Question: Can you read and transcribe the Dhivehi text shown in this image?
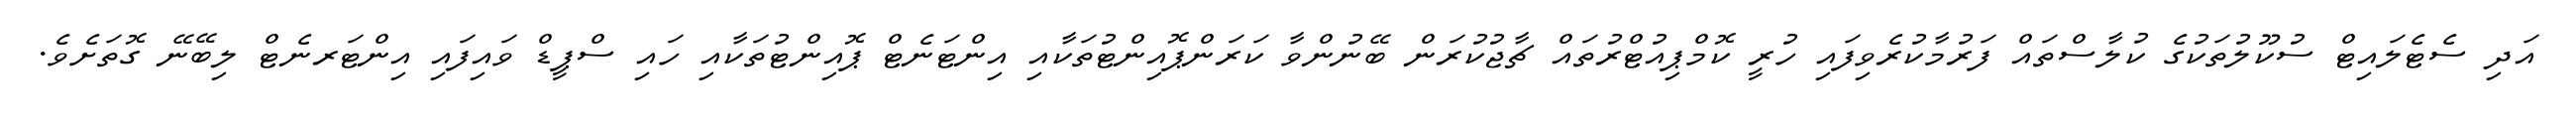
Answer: އަދި ސެޓެލައިޓް ސުކޫލުތަކުގެ ކުލާސްތައް ފަރުމާކުރެވިފައި ހުރީ ކޮމްޕިއުޓްރުތައް ޗާޖުކުރަން ބޭނުންވާ ކަރަންޕޮއިންޓުތަކާއި އިންޓަނެޓް ޕޮއިންޓުތަކާއި ހައި ސްޕީޑް ވައިފައި އިންޓަރނެޓް ލިބޭނޭ ގޮތަށެވެ.